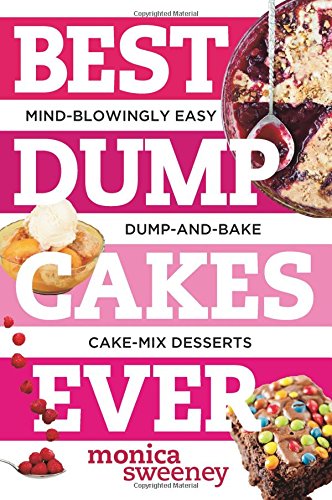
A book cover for Best Dump Cakes Ever: Mind-Blowingly Easy Dump-and-Bake Cake Mix Desserts (Best Ever); Monica Sweeney; Cookbooks, Food & Wine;